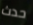
حدث